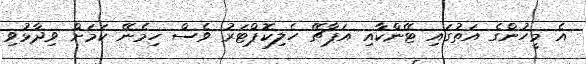
އެ މީހުންގެ އަތުގައި ޓޭންކާއި އަޕާޗޭ ހެލިކޮޕްޓަރު ވެސް ހިމެނޭ ކަމަށް ވިދާޅުވި